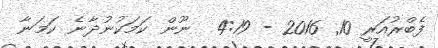
ފެބްރުއަރީ 10